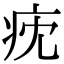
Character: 㽸